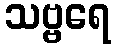
သဗ္ဗရေ